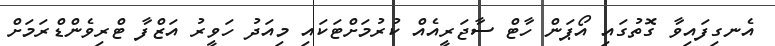
އެނގިފައިވާ ގޮތުގައި އޯޕަން ހާޓް ސާޖަރީއެއް ކުރުމަށްޓަކައި މިއަދު ހަވީރު އަޒްފާ ޓްރިވެންޑްރަމަށް